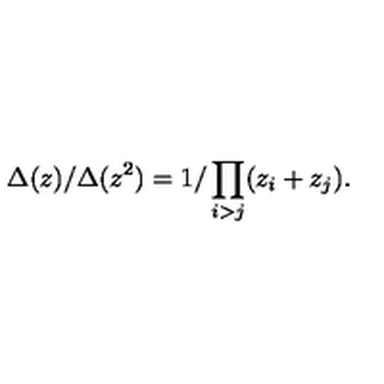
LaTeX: \Delta ( z ) / \Delta ( z ^ { 2 } ) = 1 / \prod _ { i > j } ( z _ { i } + z _ { j } ) .